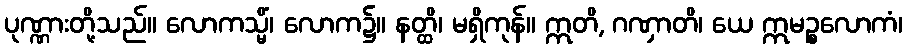
ပုဏ္ဏားတို့သည်။ လောကသ္မိံ၊ လောက၌။ နတ္ထိ၊ မရှိကုန်။ ဣတိ, ဂဏှာတိ၊ ယေ ဣမဉ္စလောကံ၊